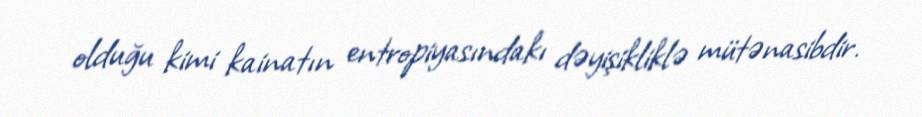
olduğu kimi kainatın entropiyasındakı dəyişikliklə mütənasibdir.